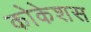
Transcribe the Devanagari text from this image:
कोकेशस